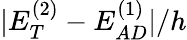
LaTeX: |E_{T}^{(2)}-E_{AD}^{(1)}|/h